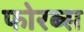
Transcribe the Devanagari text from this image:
फोरब्स